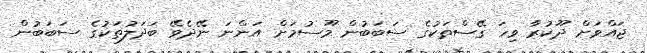
ޖައްވަށް ދޫކުރާ ވިހަ ގޭސްތަކުގެ ސަބަބުން މޫސުމަށް އަންނަ ނޭދެވޭ ބަދަލުތަކުގެ ސަބަބުން